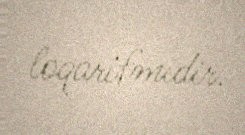
loqarifmidir.